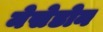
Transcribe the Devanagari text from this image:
मेसेडोन